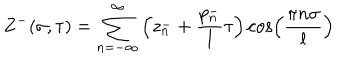
Z ^ { - } ( \sigma , \tau ) = \sum _ { n = - \infty } ^ { \infty } \left( z _ { n } ^ { - } + \frac { p _ { n } ^ { - } } { l } \tau \right) \cos \left( \frac { \pi n \sigma } { l } \right)